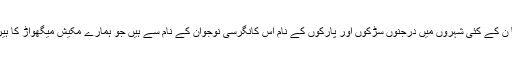
ہندوستا ن کے کئی شہروں میں درجنوں سڑکوں اور پارکوں کے نام اس کانگرسی نوجوان کے نام سے ہیں جو ہمارے مکیش میگھواڑ کا ہیرو ہے۔